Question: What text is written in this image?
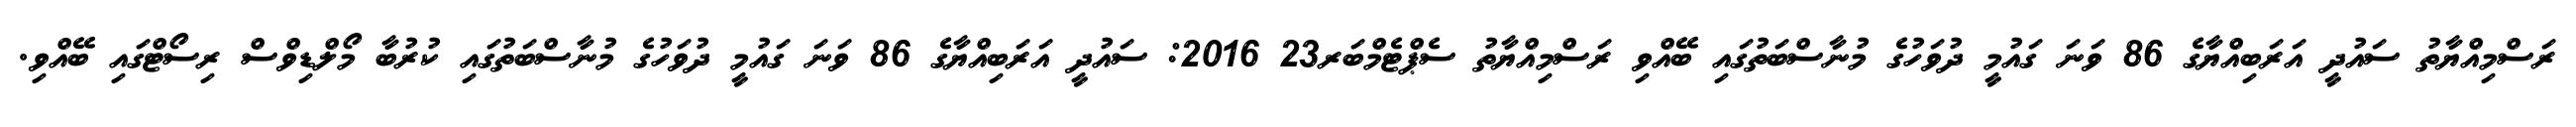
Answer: ރަސްމިއްޔާތު ސައުދީ އަރަބިއްޔާގެ 86 ވަނަ ގައުމީ ދުވަހުގެ މުނާސްބަތުގައި ބޭއްވި ރަސްމިއްޔާތު ސެޕްޓެމްބަރ23 2016: ސައުދީ އަރަބިއްޔާގެ 86 ވަނަ ގައުމީ ދުވަހުގެ މުނާސްބަތުގައި ކުރުބާ މޯލްޑިވްސް ރިސޯޓްގައި ބޭއްވި.